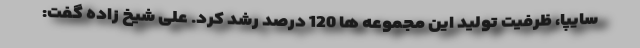
سایپا، ظرفیت تولید این مجموعه ها 120 درصد رشد کرد. علی شیخ زاده گفت: